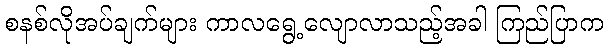
စနစ်လိုအပ်ချက်များ ကာလရွေ့လျောလာသည့်အခါ ကြည်ပြာက